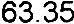
63.35